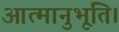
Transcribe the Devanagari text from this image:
आत्मानुभूति।